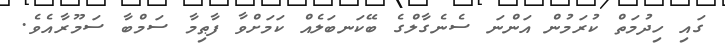
ގައި ހިދުމަތް ކުރަމުން އަންނަ ސެނެގާލްގެ ބޭކަނބަލެއް ކަަމަށްވާ ފާޠިމާ ސަމްބާ ސަމޫރާއެވެ.